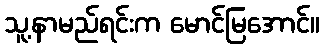
သူ့နာမည်ရင်းက မောင်မြအောင်။